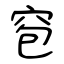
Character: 窇